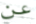
عن